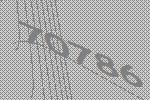
70786